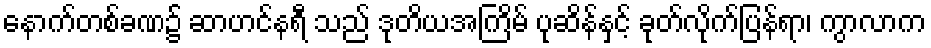
နောက်တစ်ခဏ၌ ဆာဟင်နရီ သည် ဒုတိယအကြိမ် ပုဆိန်နှင့် ခုတ်လိုက်ပြန်ရာ၊ ကွာလာက